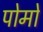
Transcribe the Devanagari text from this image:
पोमो